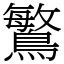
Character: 𪄴